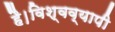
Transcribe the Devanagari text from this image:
है।विश्वव्यापी